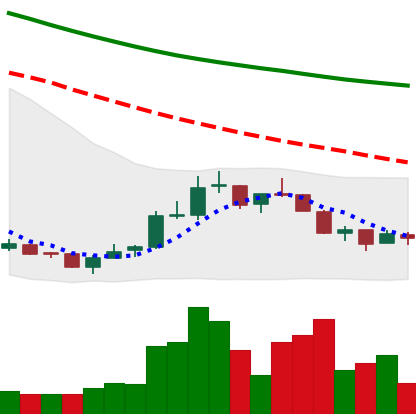
Ticker: NEO-USD
Chart end date: 2018-07-14
Forward return: 10.647%
Label: up_7plus